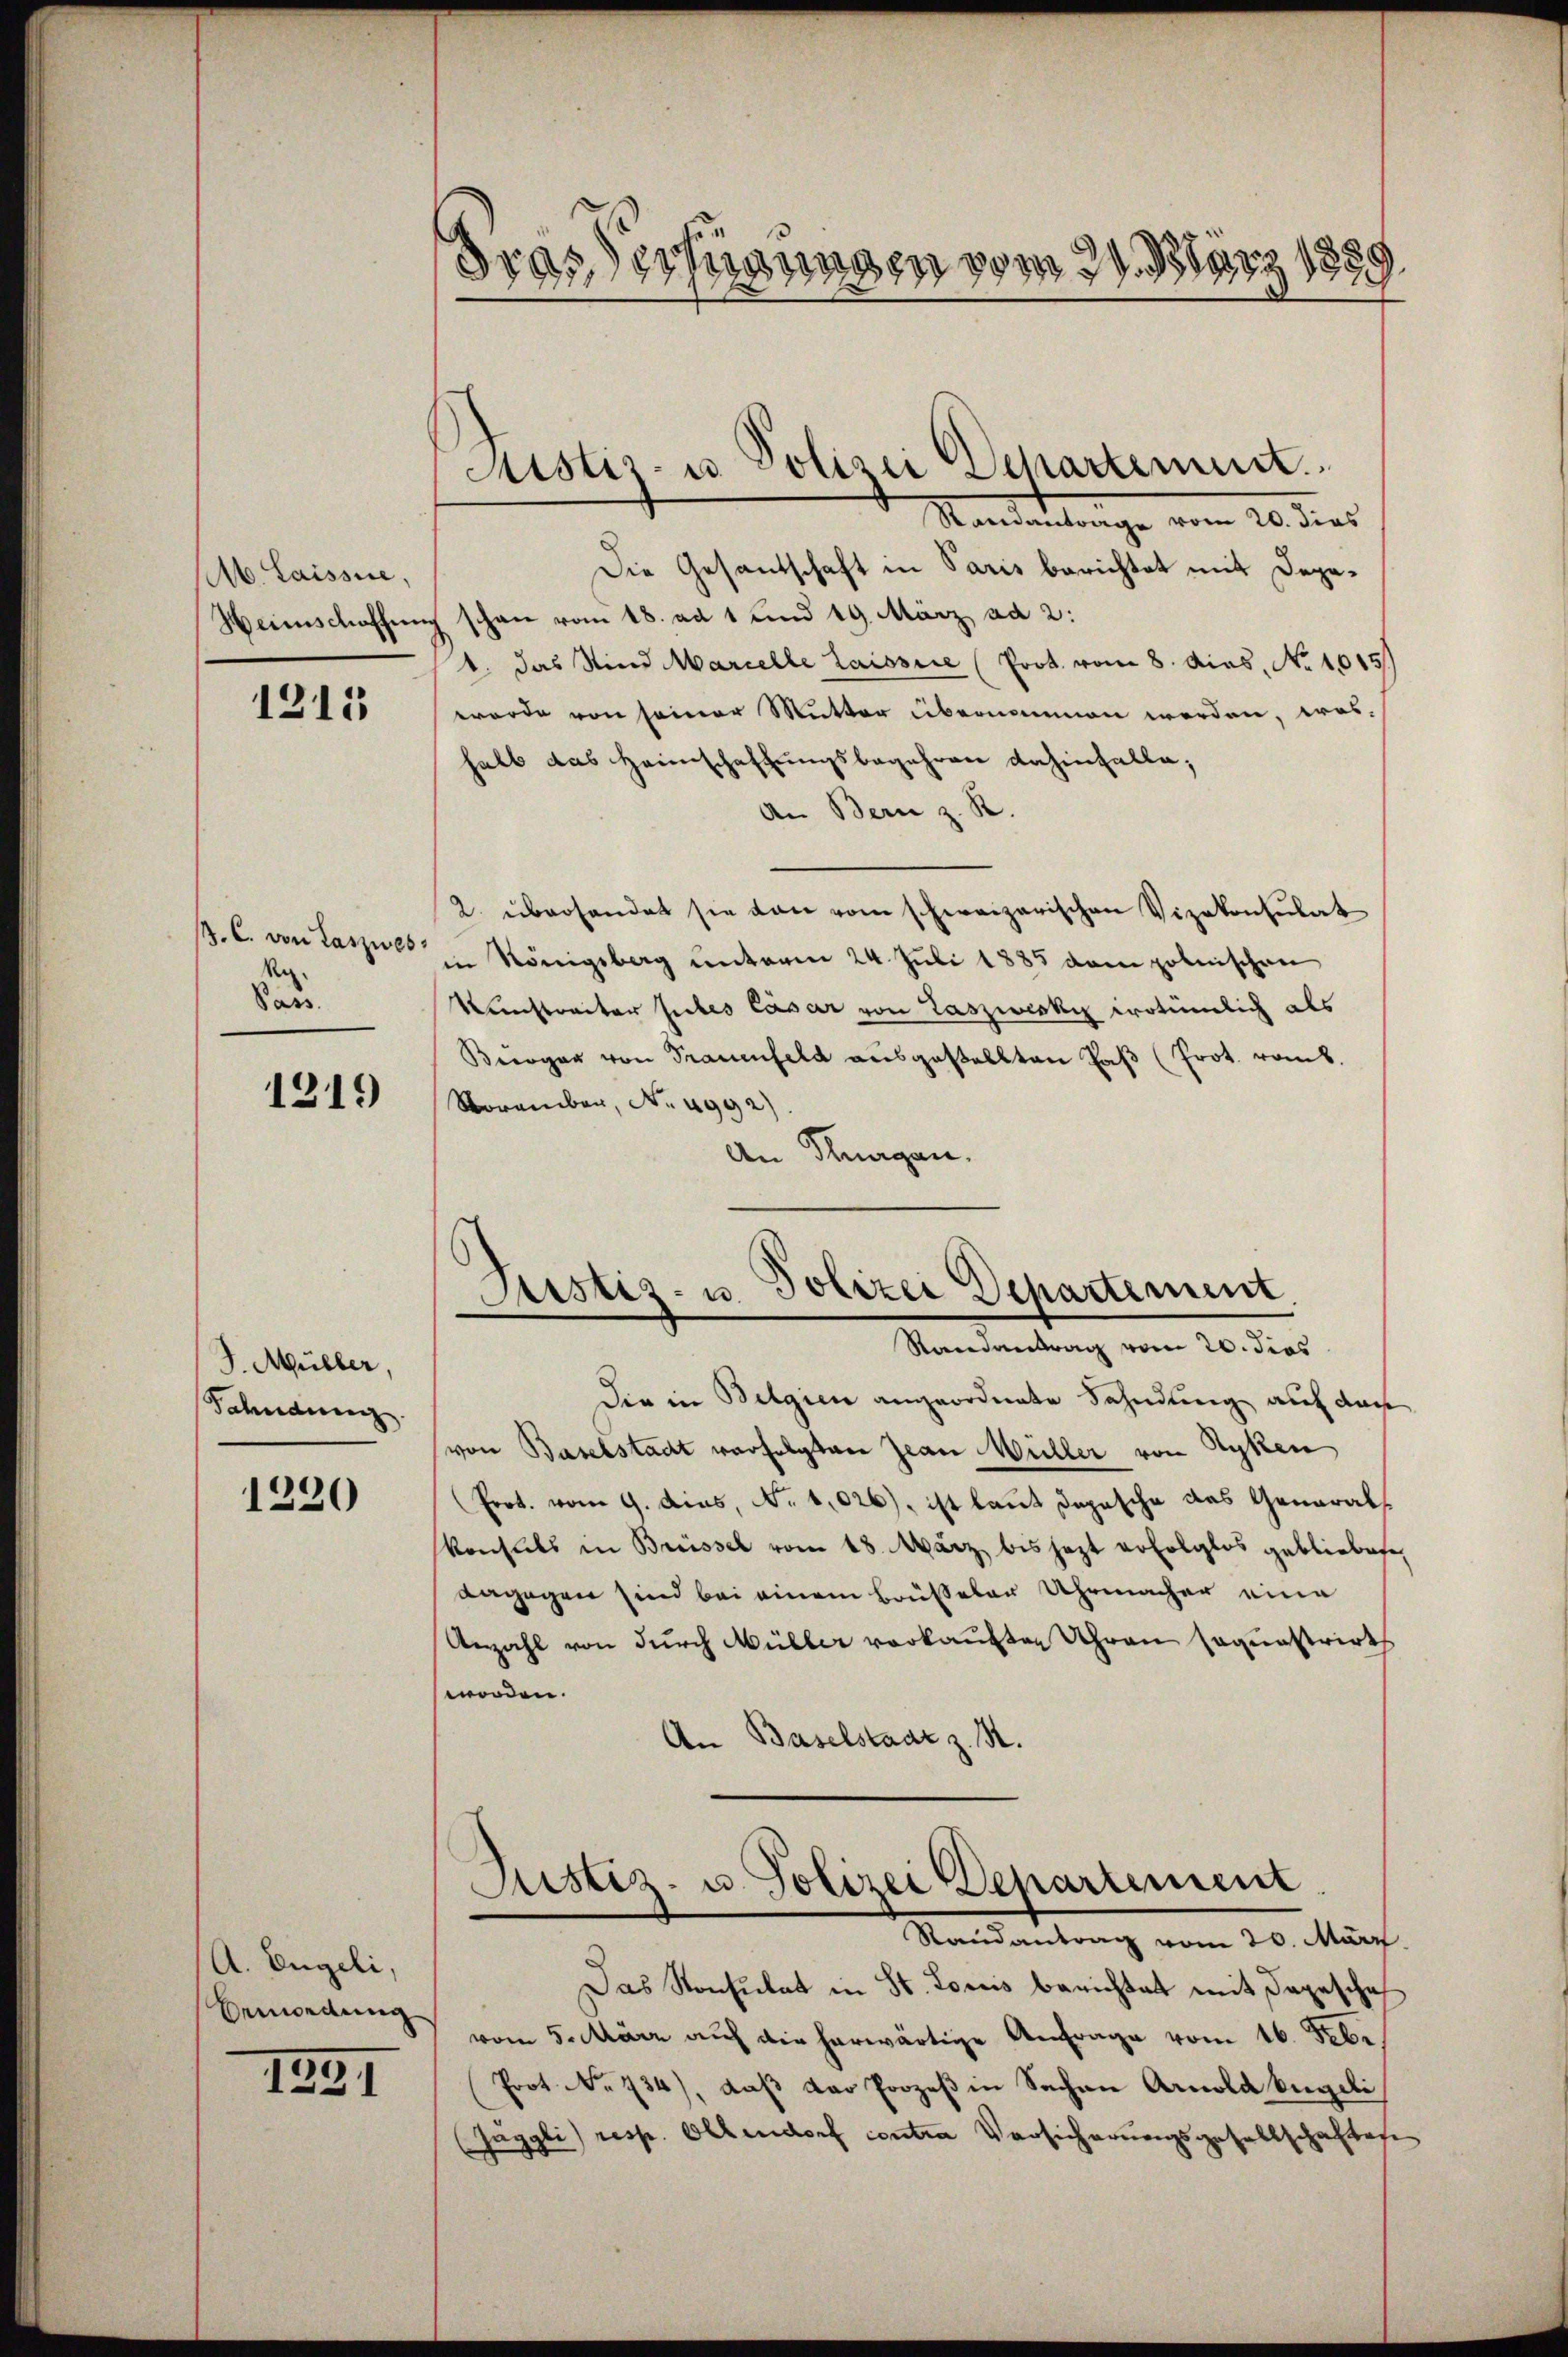
Ab. Laisse,

1215

.C. von Laszwes
R.
Pass.

1219

J. Müller,
Sahndung

1220

A. Engeli,
bemordung

1591

rfügungen vom 21. März 1859
1852.
7.

Justiz- u. Polizei Departement.
Randantrage vom 20. dies

Die in Belgien angeordnete Fahndung auf das
von Baselstadt verfolgten Jean Müller von Ryken
(Prot. vom 9. dies, No 1,026), ist laut Depesche das General¬
Konseils in Brüssel vom 18. März bis jezt erfolglos gebliebete,
dagegen sind bei einem Brüßeler Uhrmacher eine
Anzahl von durch Müller vorkauften Uhren sagunstrirt
worden.
An Baselstadt z. R.

Die Gesandschaft in Paris berichtet mit Depa¬
Weinschaffung schon vom 18. ad 1 und 19. März ad 2:
1. das Kind Marcelle laissere (Prot. vom 8. Das No 1015
werde von seiner Mutter übernommen werden, wos
halb das Heimschaffungsbegehren dahinfalle;
An Bern z. R.
2. überhandet sie von vom schweizerischen Vizekonsulat
in Königsberg unterm 24. Juli 1885 vom polnischen
Kunstreiter subes Cäsar von Laszwecky wotümlich als
Beogar von Trauenfeld aŭsgestellten Paβ (Prot. vomb.
November, No. 4992)
An Thurgau.

Justiz- u. Polizei Departement.
Standentrag vom 20. dies

Justiz- u. Polizei Departement
Randantrag vom 20. März

Das Konsulat in St. Loris berichtet mit Depescheh
vom 5. März auf die herwärtige Anfrage vom 16. Febr
Prot. No 134), daß der Prozeß in Sachen Arnold begili
Jäggli resp. Oltendorf contra Versicherungsgesellschaftes